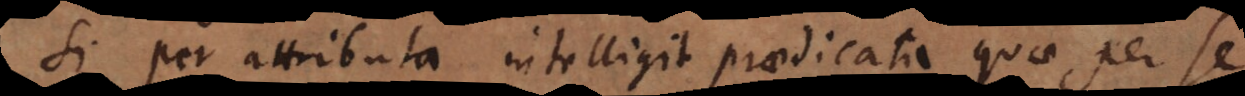
Si per attributa intelligit praedicata quae per se